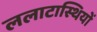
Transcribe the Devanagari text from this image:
ललाटास्थियों